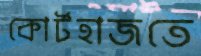
কোর্টহাজতে